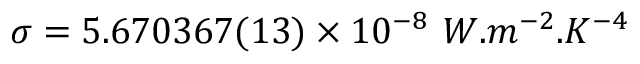
\sigma = 5 . 6 7 0 3 6 7 ( 1 3 ) \times 1 0 ^ { - 8 } \ W . m ^ { - 2 } . K ^ { - 4 }